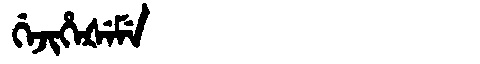
Manchu: ᡤᡝᠵᡳᡥᡝᡧᡝᠮᡝ
Romanization: GEJIHEŠEME